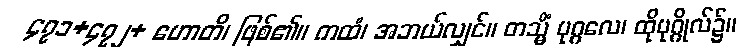
၄၇၁+၄၇၂+ ဟောတိ၊ ဖြစ်၏။ ကထံ၊ အဘယ်လျှင်။ တသ္မိံ ပုဂ္ဂလေ၊ ထိုပုဂ္ဂိုလ်၌။